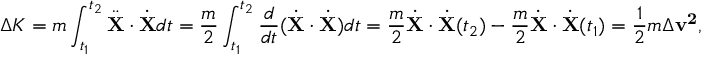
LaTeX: \Delta K = m \int _ { t _ { 1 } } ^ { t _ { 2 } } { \ddot { \mathbf { X } } } \cdot { \dot { \mathbf { X } } } d t = { \frac { m } { 2 } } \int _ { t _ { 1 } } ^ { t _ { 2 } } { \frac { d } { d t } } ( { \dot { \mathbf { X } } } \cdot { \dot { \mathbf { X } } } ) d t = { \frac { m } { 2 } } { \dot { \mathbf { X } } } \cdot { \dot { \mathbf { X } } } ( t _ { 2 } ) - { \frac { m } { 2 } } { \dot { \mathbf { X } } } \cdot { \dot { \mathbf { X } } } ( t _ { 1 } ) = { \frac { 1 } { 2 } } m \Delta \mathbf { v ^ { 2 } } ,